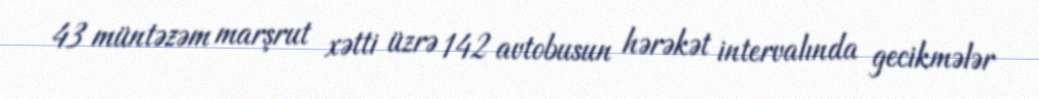
43 müntəzəm marşrut xətti üzrə 142 avtobusun hərəkət intervalında gecikmələr